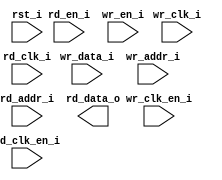
/*******************************************************************************
    Verilog netlist generated by IPGEN Lattice Radiant Software (64-bit)
    2.2.0.97.1
    Soft IP Version: 1.1.1
    2020 11 11 13:07:43
*******************************************************************************/
/*******************************************************************************
    Wrapper Module generated per user settings.
*******************************************************************************/
module dpram1024x8 (wr_clk_i, rd_clk_i, rst_i, wr_clk_en_i, rd_en_i,
    rd_clk_en_i, wr_en_i, wr_data_i, wr_addr_i, rd_addr_i, rd_data_o)/* synthesis syn_black_box syn_declare_black_box=1 */;
    input  wr_clk_i;
    input  rd_clk_i;
    input  rst_i;
    input  wr_clk_en_i;
    input  rd_en_i;
    input  rd_clk_en_i;
    input  wr_en_i;
    input  [7:0]  wr_data_i;
    input  [9:0]  wr_addr_i;
    input  [9:0]  rd_addr_i;
    output  [7:0]  rd_data_o;
endmodule